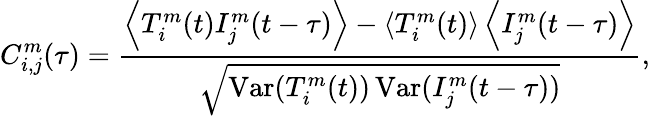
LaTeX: C_{i,j}^{m}(\tau)=\frac{\left\langle T_{i}^{m}(t)I_{j}^{m}(t-\tau)\right\rangle-\left\langle T_{i}^{m}(t)\right\rangle\left\langle I_{j}^{m}(t-\tau)\right\rangle}{\sqrt{\operatorname{Var}(T_{i}^{m}(t))\operatorname{Var}(I_{j}^{m}(t-\tau))}},